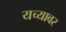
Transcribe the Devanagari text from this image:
यच्यावर